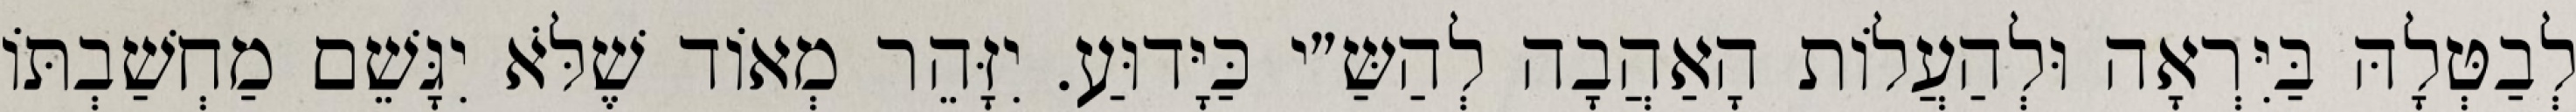
לְבַטְּלָהּ בַּיִּרְאָה וּלְהַעֲלוֹת הָאַהֲבָה לְהַשַּ״י כַּיָּדוּעַ. יִזָּהֵר מְאוֹד שֶׁלֹּא יִגָּשֵׁם מַחְשַׁבְתּוֹ